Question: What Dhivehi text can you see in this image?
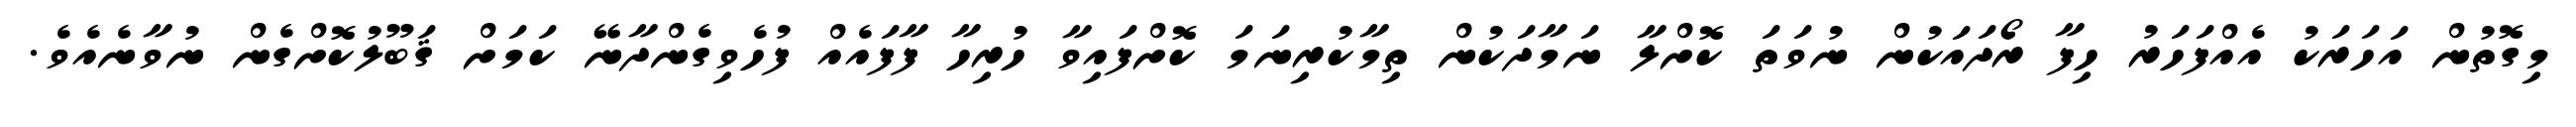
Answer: މިގޮތުން އަހަރަކު އެއްފަހަރު ހިފާ ރޯދައަކުން ނުވަތަ ކޮށްލާ ނަމާދަކުން ތިމާކުރިނަމަ ކޮށްފައިވާ ހުރިހާ ފާފައެއް ފުހެވިގެންދާނޭ ކަމަށް ޤަބޫލުކޮށްގެން ނުވާނެއެވެ.